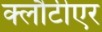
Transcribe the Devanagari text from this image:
क्लौटीएर